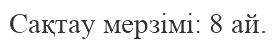
Сақтау мерзімі: 8 ай.